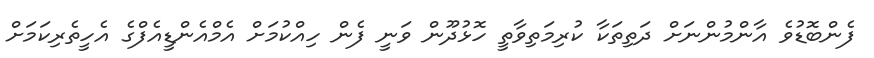
ފެންބޮޑުވެ އާންމުންނަށް ދަތިތަކާ ކުރިމަތިވާތީ ހޮޅުދޫން ވަނީ ފެން ހިއްކުމަށް އެމްއެންޑީއެފްގެ އެހީތެރިކަމަށް